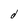
Character: d